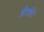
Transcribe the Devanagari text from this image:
ईंटईटें